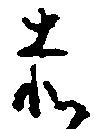
赤